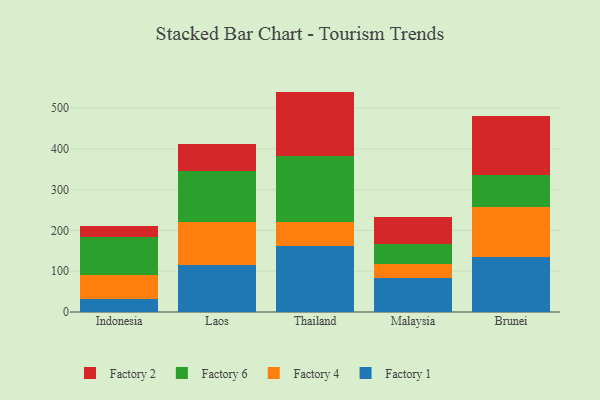
{"axis": {"x": "Country", "y": "Headcount"}, "legend": ["Factory 1", "Factory 2", "Factory 4", "Factory 6"], "data": [{"x": "Indonesia", "y": 32.0, "type": "Factory 1"}, {"x": "Indonesia", "y": 59.0, "type": "Factory 4"}, {"x": "Indonesia", "y": 93.5, "type": "Factory 6"}, {"x": "Indonesia", "y": 25.9, "type": "Factory 2"}, {"x": "Laos", "y": 114.2, "type": "Factory 1"}, {"x": "Laos", "y": 105.4, "type": "Factory 4"}, {"x": "Laos", "y": 125.5, "type": "Factory 6"}, {"x": "Laos", "y": 67.2, "type": "Factory 2"}, {"x": "Thailand", "y": 161.9, "type": "Factory 1"}, {"x": "Thailand", "y": 59.2, "type": "Factory 4"}, {"x": "Thailand", "y": 161.2, "type": "Factory 6"}, {"x": "Thailand", "y": 158.0, "type": "Factory 2"}, {"x": "Malaysia", "y": 84.2, "type": "Factory 1"}, {"x": "Malaysia", "y": 33.9, "type": "Factory 4"}, {"x": "Malaysia", "y": 48.0, "type": "Factory 6"}, {"x": "Malaysia", "y": 67.9, "type": "Factory 2"}, {"x": "Brunei", "y": 135.1, "type": "Factory 1"}, {"x": "Brunei", "y": 122.3, "type": "Factory 4"}, {"x": "Brunei", "y": 78.6, "type": "Factory 6"}, {"x": "Brunei", "y": 144.9, "type": "Factory 2"}]}